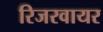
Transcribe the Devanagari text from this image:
रिजरवायर